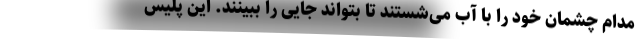
مدام چشمان خود را با آب می‌شستند تا بتواند جایی را ببینند. این پلیس